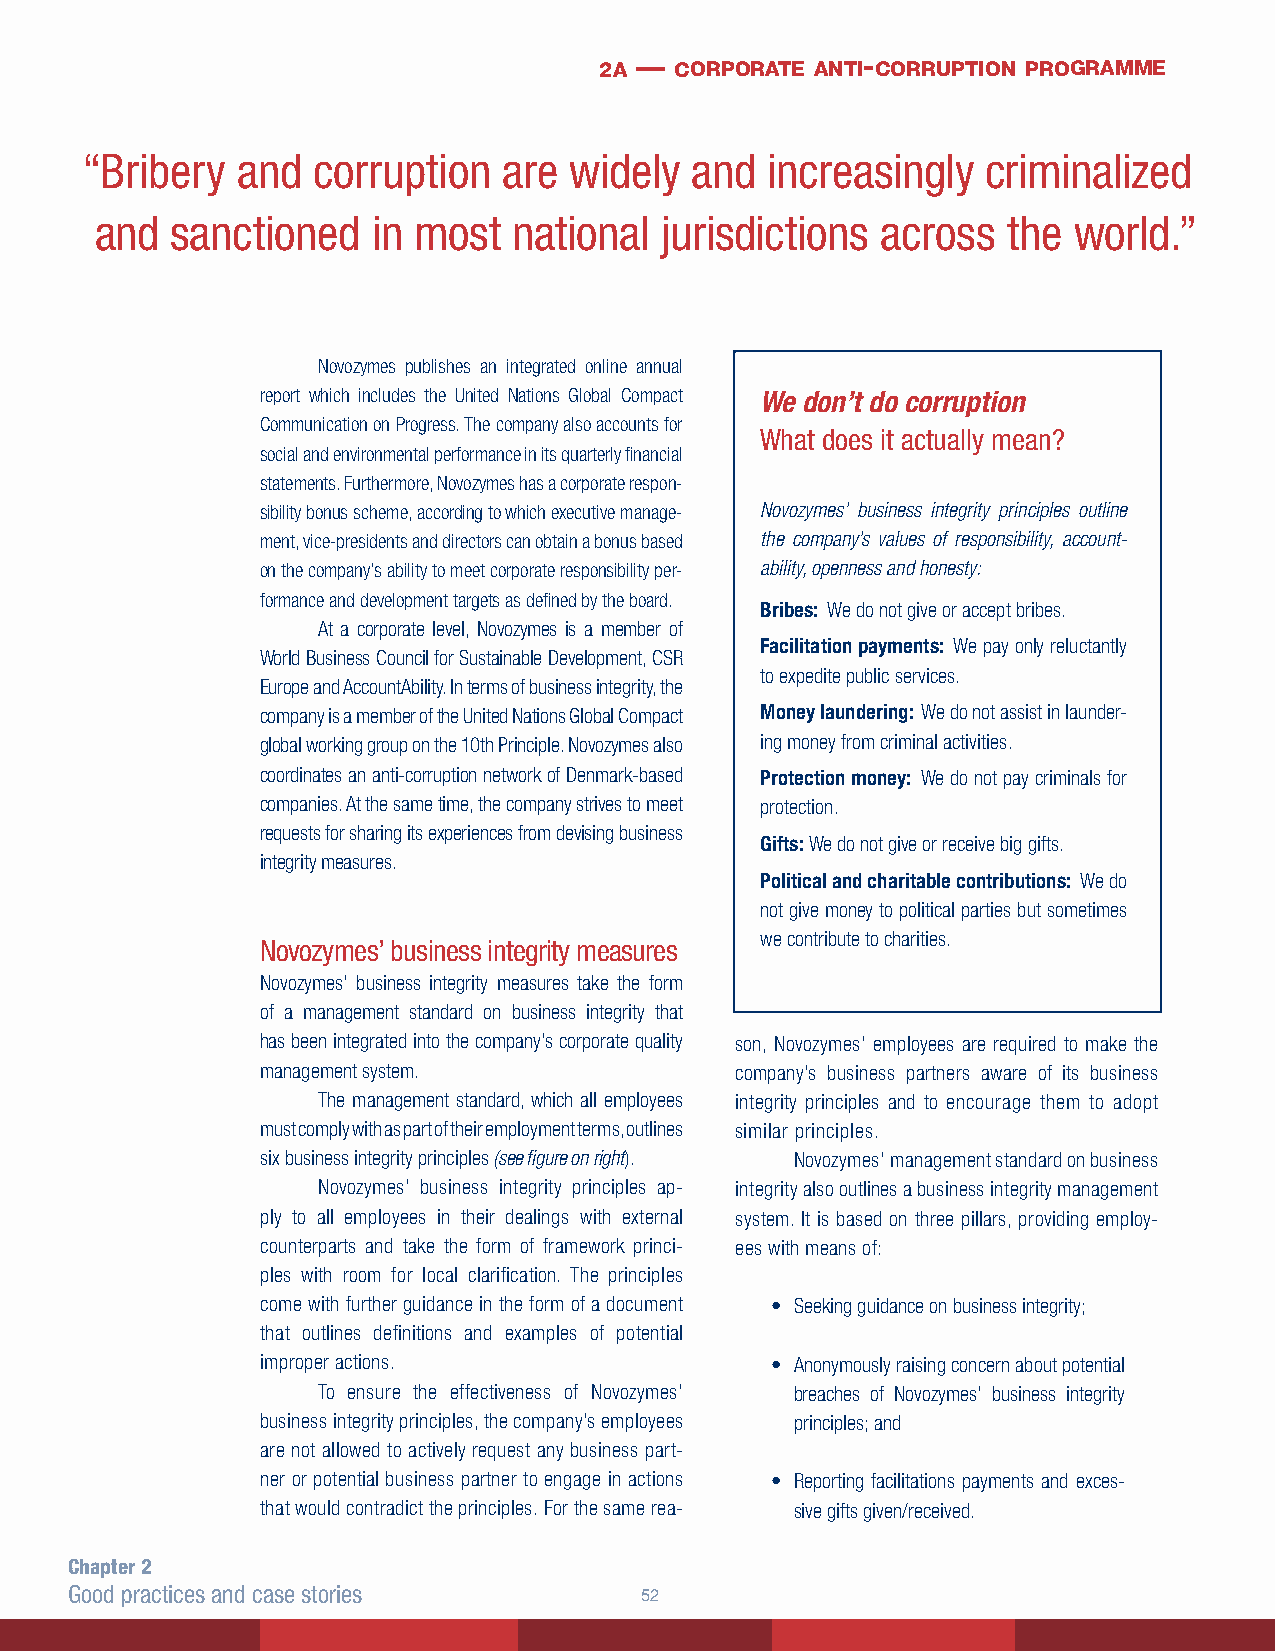
2a — corporate anti- corruption programme
 “Bribery   and  corruption  are  widely  and  increasingly  criminalized
 and  sanctioned    in most  national  jurisdictions across   the world.”
 Novozymes publishes an integrated online annual
 report which includes the United Nations Global Compact We don’t do corruption
 Communication on Progress. The company also accounts for
 What does it actually mean?
 social and environmental performance in its quarterly financial
 statements. Furthermore, Novozymes has a corporate respon-
 sibility bonus scheme, according to which executive manage- Novozymes’ business integrity principles outline
 ment, vice-presidents and directors can obtain a bonus based the company’s values of responsibility, account-
 on the company’s ability to meet corporate responsibility per- ability, openness and honesty:
 formance and development targets as defined by the board.
 Bribes: We do not give or accept bribes.
 At a corporate level, Novozymes is a member of
 Facilitation payments: We pay only reluctantly
 World Business Council for Sustainable Development, CSR
 to expedite public services.
 Europe and AccountAbility. In terms of business integrity, the
 company is a member of the United Nations Global Compact Money laundering: We do not assist in launder-
 global working group on the 10th Principle. Novozymes also ing money from criminal activities.
 coordinates an anti-corruption network of Denmark-based Protection money: We do not pay criminals for
 companies. At the same time, the company strives to meet protection.
 requests for sharing its experiences from devising business
 Gifts: We do not give or receive big gifts.
 integrity measures.
 Political and charitable contributions: We do
 not give money to political parties but sometimes
 we contribute to charities.
 Novozymes’ business integrity measures
 Novozymes’ business integrity measures take the form
 of a management standard on business integrity that
 has been integrated into the company’s corporate quality son, Novozymes’ employees are required to make the
 management system.              company’s business partners aware of its business
 The management standard, which all employees integrity principles and to encourage them to adopt
 must comply with as part of their employment terms, outlines similar principles.
 six business integrity principles (see figure on right). Novozymes’ management standard on business
 Novozymes’ business integrity principles ap- integrity also outlines a business integrity management
 ply to all employees in their dealings with external system. It is based on three pillars, providing employ-
 counterparts and take the form of framework princi- ees with means of:
 ples with room for local clarification. The principles
 come with further guidance in the form of a document • Seeking guidance on business integrity;
 that outlines definitions and examples of potential
 improper actions.                 • Anonymously raising concern about potential
 To ensure the effectiveness of Novozymes’ breaches of Novozymes’ business integrity
 business integrity principles, the company’s employees principles; and
 are not allowed to actively request any business part-
 ner or potential business partner to engage in actions • Reporting facilitations payments and exces-
 that would contradict the principles. For the same rea- sive gifts given/received.
 Chapter 2
 Good practices and case stories      52